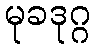
မုခဒုဂ္ဂ